Civil Veterinary Department Bengal reports 1933-51 - 1933-1951
Year: 1933
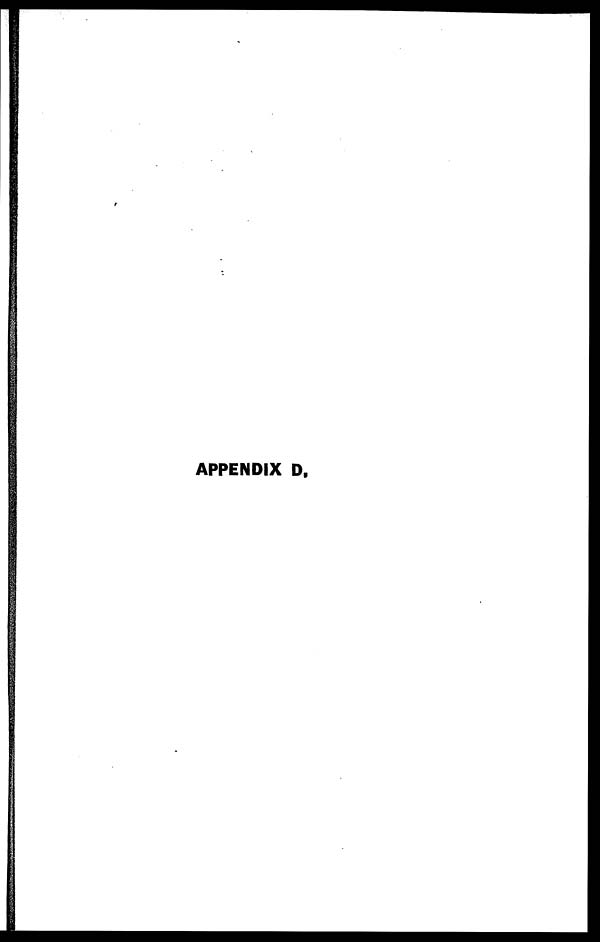
APPENDIX D,